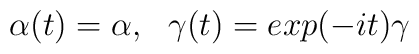
\alpha(t) = \alpha ,~~ \gamma(t) = exp(-it)\gamma